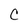
Character: C